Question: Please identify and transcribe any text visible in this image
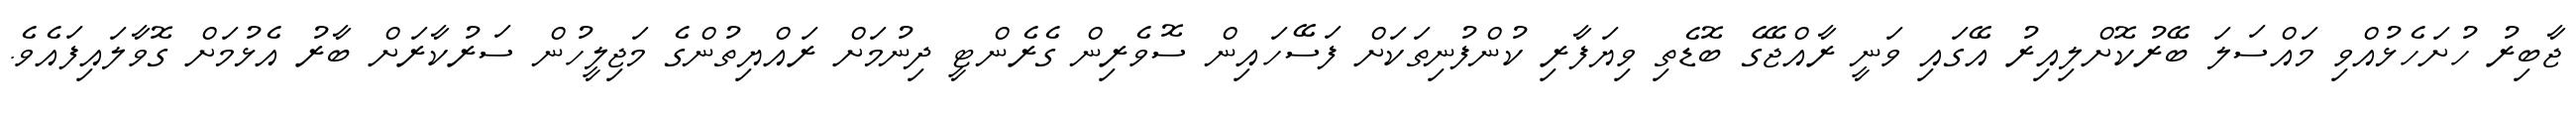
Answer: ޖާބިރު ހުށަހެޅުއްވި މައްސަލަ ބޭރުކޮށްލިއިރު އޭގައި ވަނީ ރާއްޖޭގެ ބޮޑެތި ވިޔަފާރި ކުންފުނިތަކަށް ފަސޭހައިން ސޮވެރިން ގެރެންޓީ ދިނުމަށް ރައްޔިތުންގެ މަޖިލީހުން ސަރުކާރަށް ބާރު އެޅުމަށް ގޮވާލައިފައެވެ.